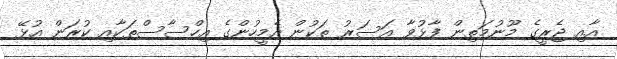
އާއި ޖެރީގެ މޫނުމަތިން ފާޅުވާ އަސަރު ތަކުން އެމީހުންގެ އިހްސާސްތަކާއި ކުރަން އުޅޭ